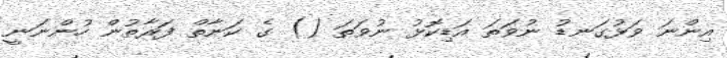
އިންނަ ވަޅުގަނޑު ނުވަތަ އަޑިކޮޅު ނުވަތަ () ގެ ކަނާތް ފަރާތުން ހުންނަނީ